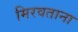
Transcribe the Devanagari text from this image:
मिरवताना